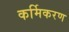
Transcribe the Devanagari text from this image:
कर्मिकरण